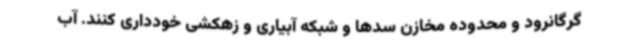
گرگانرود و محدوده مخازن سدها و شبکه آبیاری و زهکشی خودداری کنند. آب